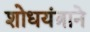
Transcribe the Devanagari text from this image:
शोधयंत्राने